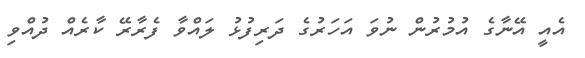
އެއީ އޭނާގެ އުމުރުން ނުވަ އަހަރުގެ ދަރިފުޅު ލައްވާ ފެރާރޭ ކާރެއް ދުއްވި